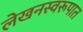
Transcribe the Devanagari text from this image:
लेखनस्वरूपात